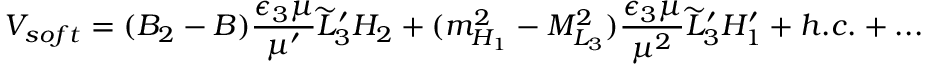
V _ { s o f t } = ( B _ { 2 } - B ) { \frac { \epsilon _ { 3 } \mu } { \mu ^ { \prime } } } \widetilde L _ { 3 } ^ { \prime } H _ { 2 } + ( m _ { H _ { 1 } } ^ { 2 } - M _ { L _ { 3 } } ^ { 2 } ) { \frac { \epsilon _ { 3 } \mu } { \mu ^ { 2 } } } \widetilde L _ { 3 } ^ { \prime } H _ { 1 } ^ { \prime } + h . c . + . . .